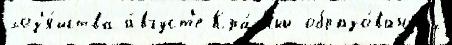
хоз'я́йства а́вгуст'е Кра́сный образо́ванных